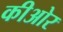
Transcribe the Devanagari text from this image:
कीओर